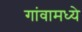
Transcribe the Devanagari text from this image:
गांवामध्ये